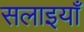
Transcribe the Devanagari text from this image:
सलाइयाँ